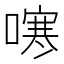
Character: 𭊻